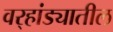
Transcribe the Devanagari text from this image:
वर्‍हांड्यातील